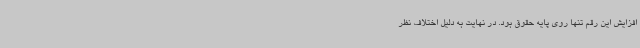
افزایش این رقم تنها روی پایه حقوق بود. در نهایت به دلیل اختلاف نظر